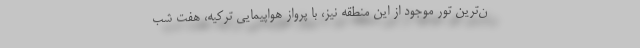
ن‌ترین تور موجود از این منطقه نیز، با پرواز هواپیمایی ترکیه، هفت شب